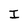
Character: I